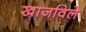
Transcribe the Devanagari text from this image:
खाजविले